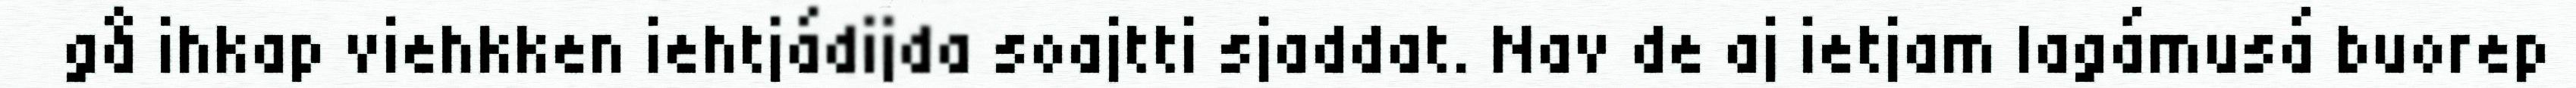
gå ihkap viehkken iehtjádijda soajtti sjaddat. Nav de aj ietjam lagámusá buorep